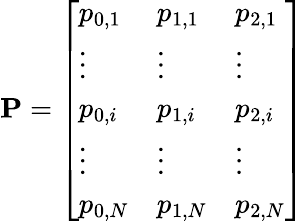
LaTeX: \mathbf{P}=\left[\begin{array}{lll}{p_{0,1}}&{p_{1,1}}&{p_{2,1}}\\ {\vdots}&{\vdots}&{\vdots}\\ {p_{0,i}}&{p_{1,i}}&{p_{2,i}}\\ {\vdots}&{\vdots}&{\vdots}\\ {p_{0,N}}&{p_{1,N}}&{p_{2,N}}\end{array}\right]